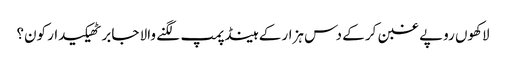
لاکھوں روپے غبن کر کے دس ہزار کے ہینڈ پمپ لگنے والا جابر ٹھیکیدار کون؟